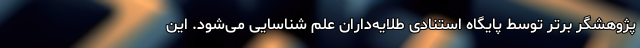
پژوهشگر برتر توسط پایگاه استنادی طلایه‌داران علم شناسایی می‌شود. این